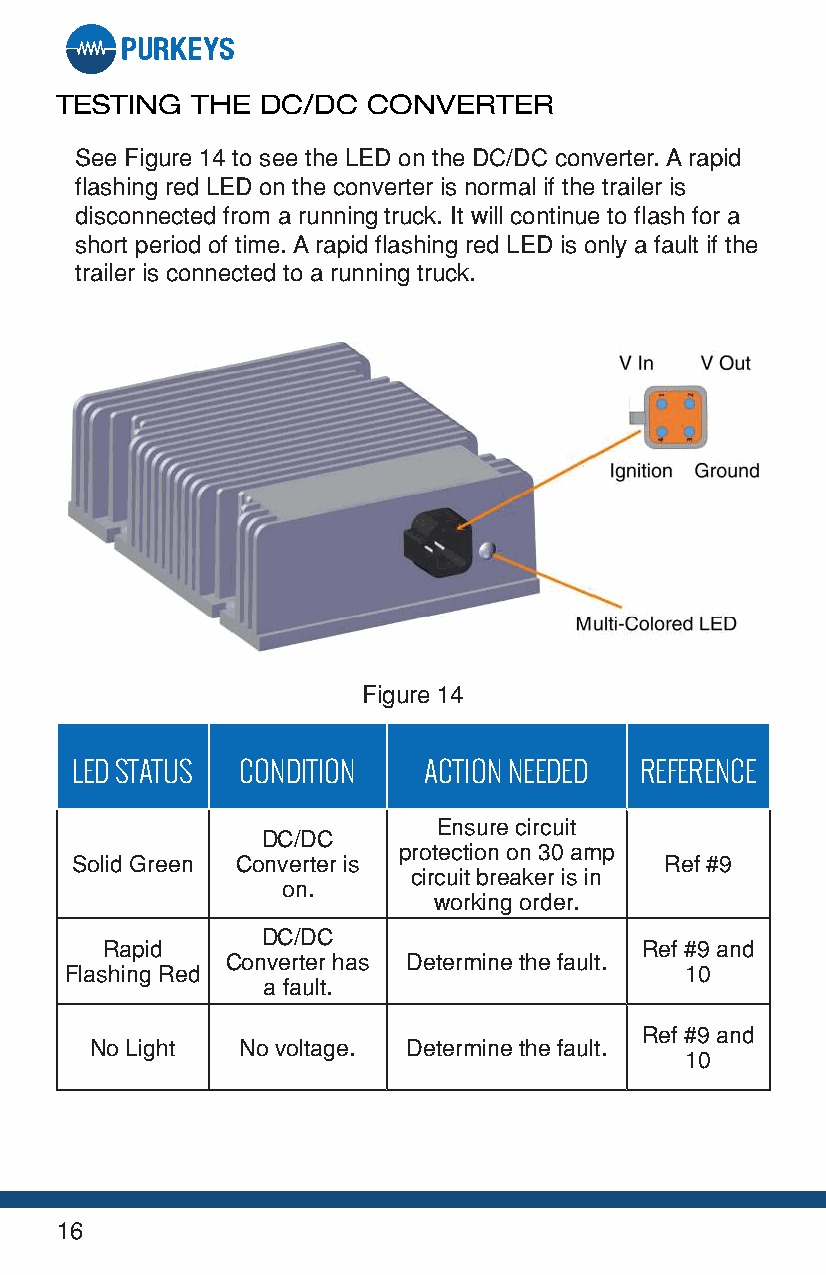
TESTING  THE DC/DC  CONVERTER
 See Figure 14 to see the LED on the DC/DC converter. A rapid
 flashing red LED on the converter is normal if the trailer is
 disconnected from a running truck. It will continue to flash for a
 short period of time. A rapid flashing red LED is only a fault if the
 trailer is connected to a running truck.
 Figure 14
 LED STATUS CONDITION   ACTION NEEDED REFERENCE
 Ensure circuit
 DC/DC
 protection on 30 amp
 Solid Green Converter is               Ref #9
 circuit breaker is in
 on.
 working order.
 DC/DC
 Rapid                              Ref #9 and
 Converter has Determine the fault.
 Flashing Red                             10
 a fault.
 Ref #9 and
 No Light  No voltage. Determine the fault.
 10
 16